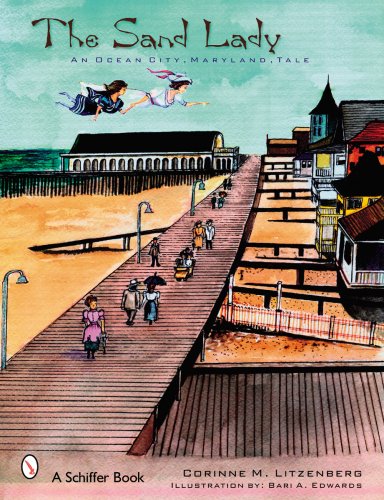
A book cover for The Sand Lady: An Ocean City Maryland Tale (Schiffer Book); Corinne M. Litzenberg; Travel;